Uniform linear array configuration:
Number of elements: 24
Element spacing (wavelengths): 0.25
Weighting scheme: hann
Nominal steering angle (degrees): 45
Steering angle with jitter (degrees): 46.722
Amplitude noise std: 0.05
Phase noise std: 0.05

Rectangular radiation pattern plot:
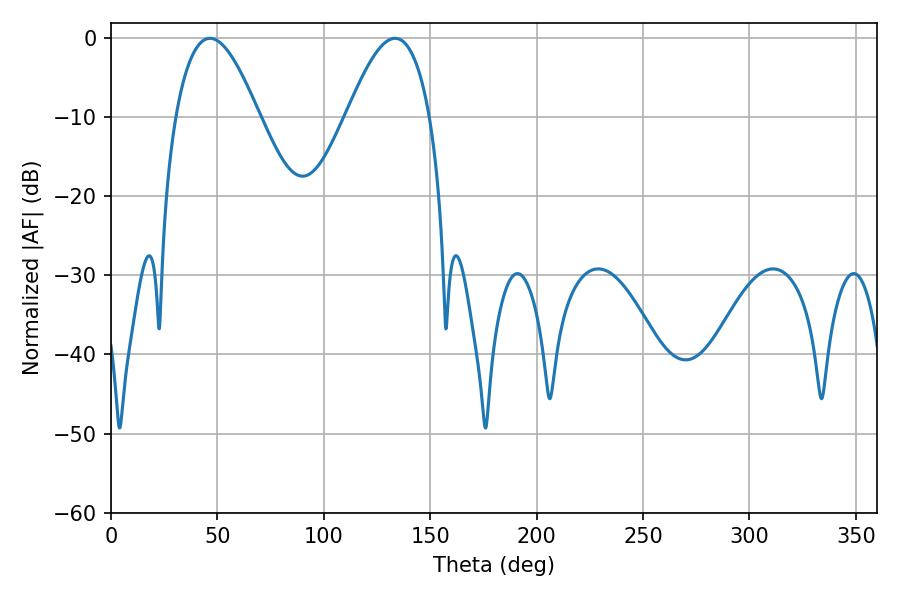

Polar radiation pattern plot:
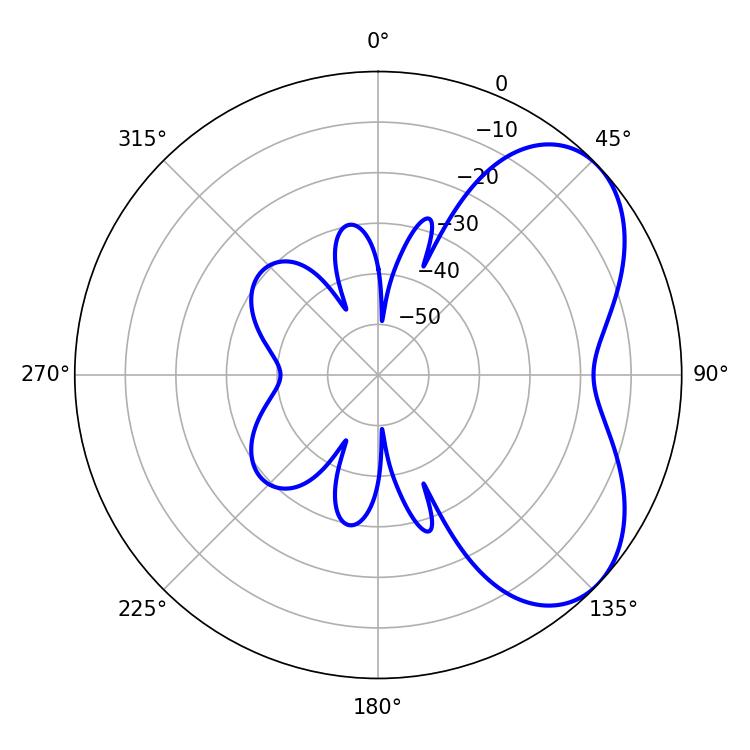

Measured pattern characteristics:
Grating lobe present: FALSE
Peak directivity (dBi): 5.183
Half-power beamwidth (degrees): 21.42
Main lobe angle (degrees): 46.44